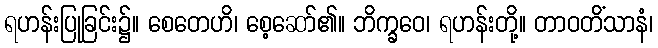
ရဟန်းပြုခြင်း၌။ စေတေဟိ၊ စေ့ဆော်၏။ ဘိက္ခဝေ၊ ရဟန်းတို့။ တာဝတိံသာနံ၊